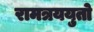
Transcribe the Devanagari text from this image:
रामत्रययुतो